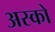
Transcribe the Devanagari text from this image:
अस्को